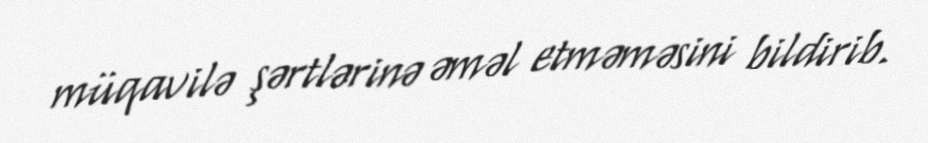
müqavilə şərtlərinə əməl etməməsini bildirib.